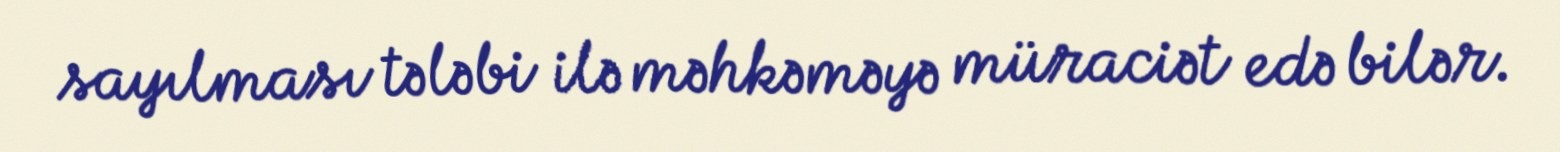
sayılması tələbi ilə məhkəməyə müraciət edə bilər.